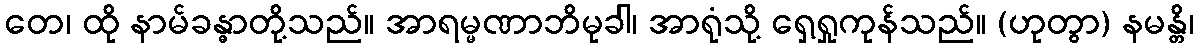
တေ၊ ထို နာမ်ခန္ဓာတို့သည်။ အာရမ္မဏာဘိမုခါ၊ အာရုံသို့ ရှေ့ရှုကုန်သည်။ (ဟုတွာ) နမန္တိ၊